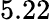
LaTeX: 5.22